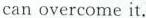
can overcome it.